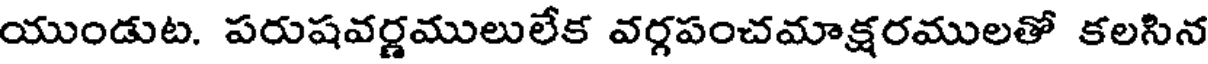
యుండుట. పరుషవర్ణములులేక వర్గపంచమాక్షరములతో కలసిన